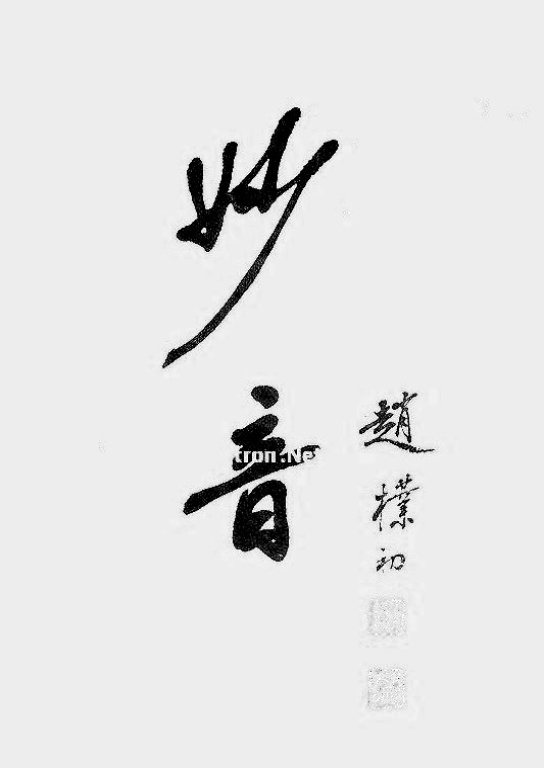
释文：妙音。赵朴初。